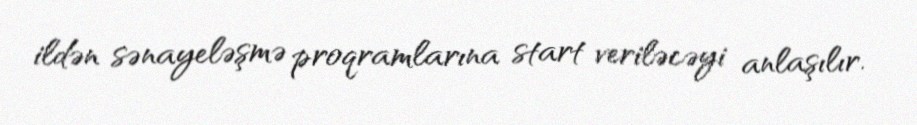
ildən sənayeləşmə proqramlarına start veriləcəyi anlaşılır.